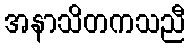
အနာသိတကသညီ